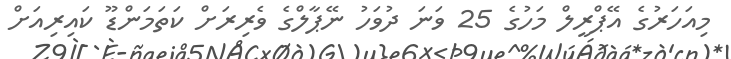
މިއަހަރުގެ އޭޕްރީލް މަހުގެ 25 ވަނަ ދުވަހު ނޭޕާލްގެ ވެރިރަށް ކަތަމަންޑޫ ކައިރިއަށް